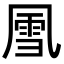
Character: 𪞵